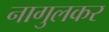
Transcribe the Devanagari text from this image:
नागुलकर